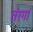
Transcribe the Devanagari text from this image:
तंरगां